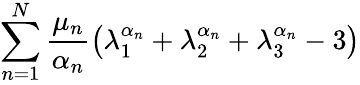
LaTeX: \sum_{n=1}^{N}\frac{\mu_{n}}{\alpha_{n}}\left(\lambda_{1}^{\alpha_{n}}+\lambda_{2}^{\alpha_{n}}+\lambda_{3}^{\alpha_{n}}-3\right)